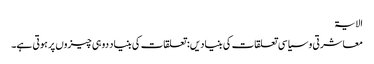
الایۃ
معاشرتی و سیاسی تعلقات کی بنیادیں: تعلقات کی بنیاد دو ہی چیزوں پر ہوتی ہے۔